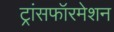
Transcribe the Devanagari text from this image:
ट्रांसफॉरमेशन